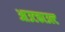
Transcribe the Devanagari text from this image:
आउटकाउल्ट